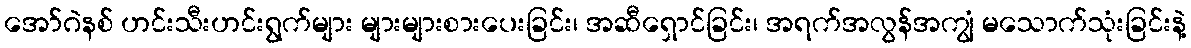
အော်ဂဲနစ် ဟင်းသီးဟင်းရွက်များ များများစားပေးခြင်း၊ အဆီရှောင်ခြင်း၊ အရက်အလွန်အကျွံ မသောက်သုံးခြင်းနဲ့